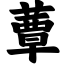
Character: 蕈